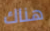
هناك